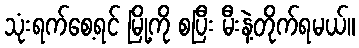
သုံးရက်စေ့ရင် မြို့ကို စပြီး မီးနဲ့တိုက်ရမယ်။